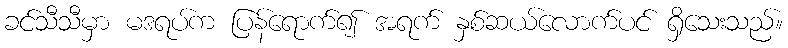
ခင်သီသီမှာ မဒရပ်က ပြန်ရောက်၍ အရက် နှစ်ဆယ်လောက်ပင် ရှိသေးသည်။